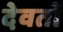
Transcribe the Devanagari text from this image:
देवतों